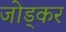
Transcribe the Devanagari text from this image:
जोड्कर